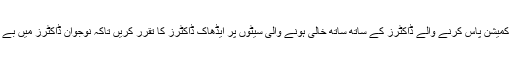
پبلک سروس کمیشن پاس کرنے والے ڈاکٹرز کے ساتھ ساتھ خالی ہونے والی سیٹوں پر ایڈھاک ڈاکٹرز کا تقرر کریں تاکہ نوجوان ڈاکٹرز میں بے چینی ختم ہو۔